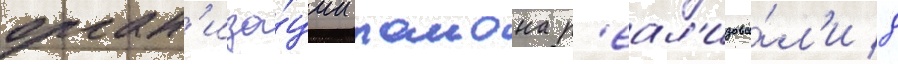
орган'иза́ции раиона р'еал'изова́л'и 8